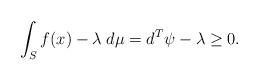
LaTeX: \begin{align*}\int_{S}f(x)-\lambda\; d\mu=d^T \psi -\lambda \ge 0.\end{align*}